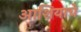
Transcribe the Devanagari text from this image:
आशियाचे